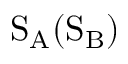
\mathrm { S _ { A } ( S _ { B } ) }